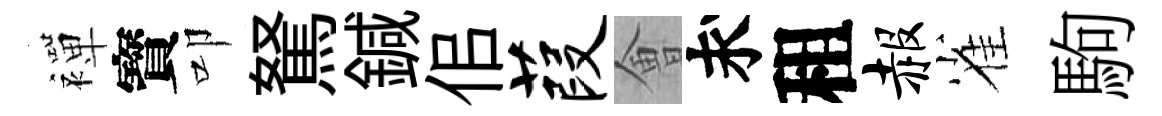
襌寳叩駑鍼佀葭㑹求租赧雀駒